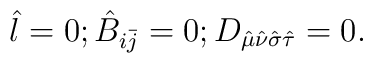
\hat{l} = 0; \hat{B}_{i\bar{j}} = 0;D_{\hat{\mu}\hat{\nu}\hat{\sigma}     \hat{\tau}}=0.